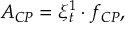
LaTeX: A _ { C P } = \xi _ { t } ^ { 1 } \cdot f _ { C P } ,